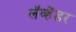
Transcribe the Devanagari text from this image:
लॅव्हेंडर